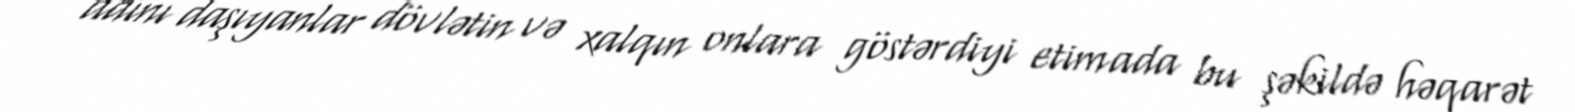
adını daşıyanlar dövlətin və xalqın onlara göstərdiyi etimada bu şəkildə həqarət